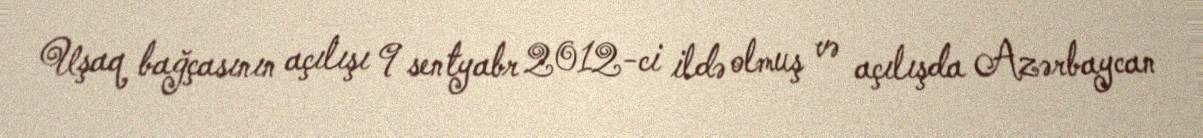
Uşaq bağçasının açılışı 9 sentyabr 2012-ci ildə olmuş və açılışda Azərbaycan